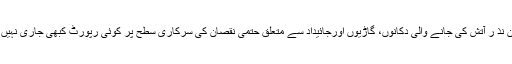
سال بھر کے دوران مختلف بنیادوں پر ہونے والے مظاہروں اور ہڑتالوں کے دوران نذ ر آتش کی جانے والی دکانوں، گاڑیوں اورجائیداد سے متعلق حتمی نقصان کی سرکاری سطح پر کوئی رپورٹ کبھی جاری نہیں کی گئی ، تاہم اقتصادی ماہرین نے اس نقصان کا اندازہ اربوں روپے لگایا گیا ہے۔